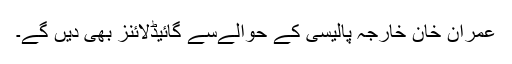
عمران خان خارجہ پالیسی کے حوالےسے گائیڈلائنز بھی دیں گے۔